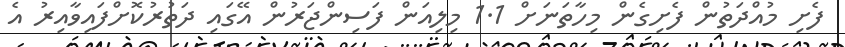
ފެށި މުއްދަތުން ފެށިގެން މިހާތަނަށް 1.1 މިލިއަން ފަސިންޖަރުން އޭގައި ދަތުރުކޮށްފައިވާއިރު އެ